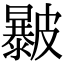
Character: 㿺